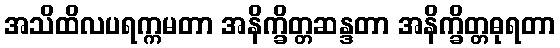
အသိထိလပရက္ကမတာ အနိက္ခိတ္တဆန္ဒတာ အနိက္ခိတ္တဓုရတာ